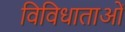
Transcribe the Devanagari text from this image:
विविधाताओं